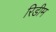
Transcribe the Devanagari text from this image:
रिडीम